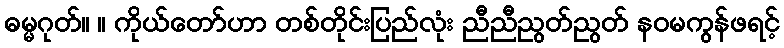
ဓမ္မဂုတ်။ ။ ကိုယ်တော်ဟာ တစ်တိုင်းပြည်လုံး ညီညီညွတ်ညွတ် နဝမကွန်ဖရင့်